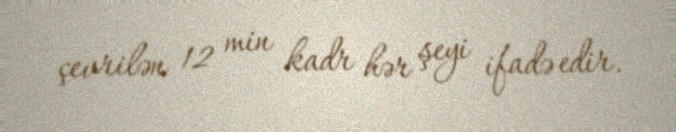
çevrilən 12 min kadr hər şeyi ifadə edir.